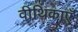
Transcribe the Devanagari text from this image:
वीथिकाएँ